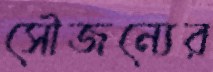
সৌজন্যের